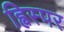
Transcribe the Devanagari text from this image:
ह्विस्पर